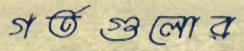
গর্তগুলোর